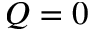
Q = 0